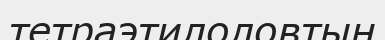
тетраэтилоловтың